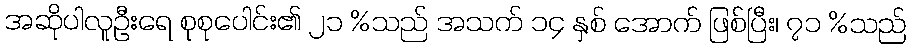
အဆိုပါလူဦးရေ စုစုပေါင်း၏ ၂၁ %သည် အသက် ၁၄ နှစ် အောက် ဖြစ်ပြီး၊ ၇၁ %သည်